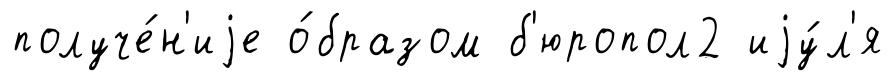
получе́н'иjе о́бразом б'юропол2 иjу́л'я